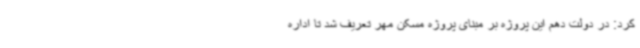
کرد: در دولت دهم این پروژه بر مبنای پروژه مسکن مهر تعریف شد تا اداره